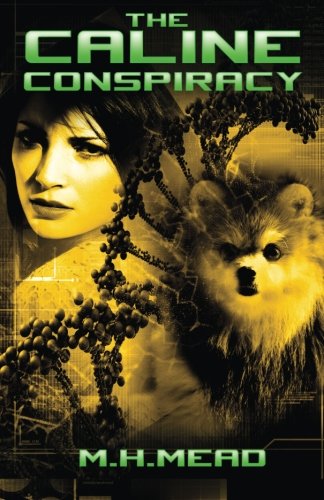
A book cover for The Caline Conspiracy; M. H. Mead; Science Fiction & Fantasy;